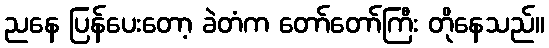
ညနေ ပြန်ပေးတော့ ခဲတံက တော်တော်ကြီး တိုနေသည်။